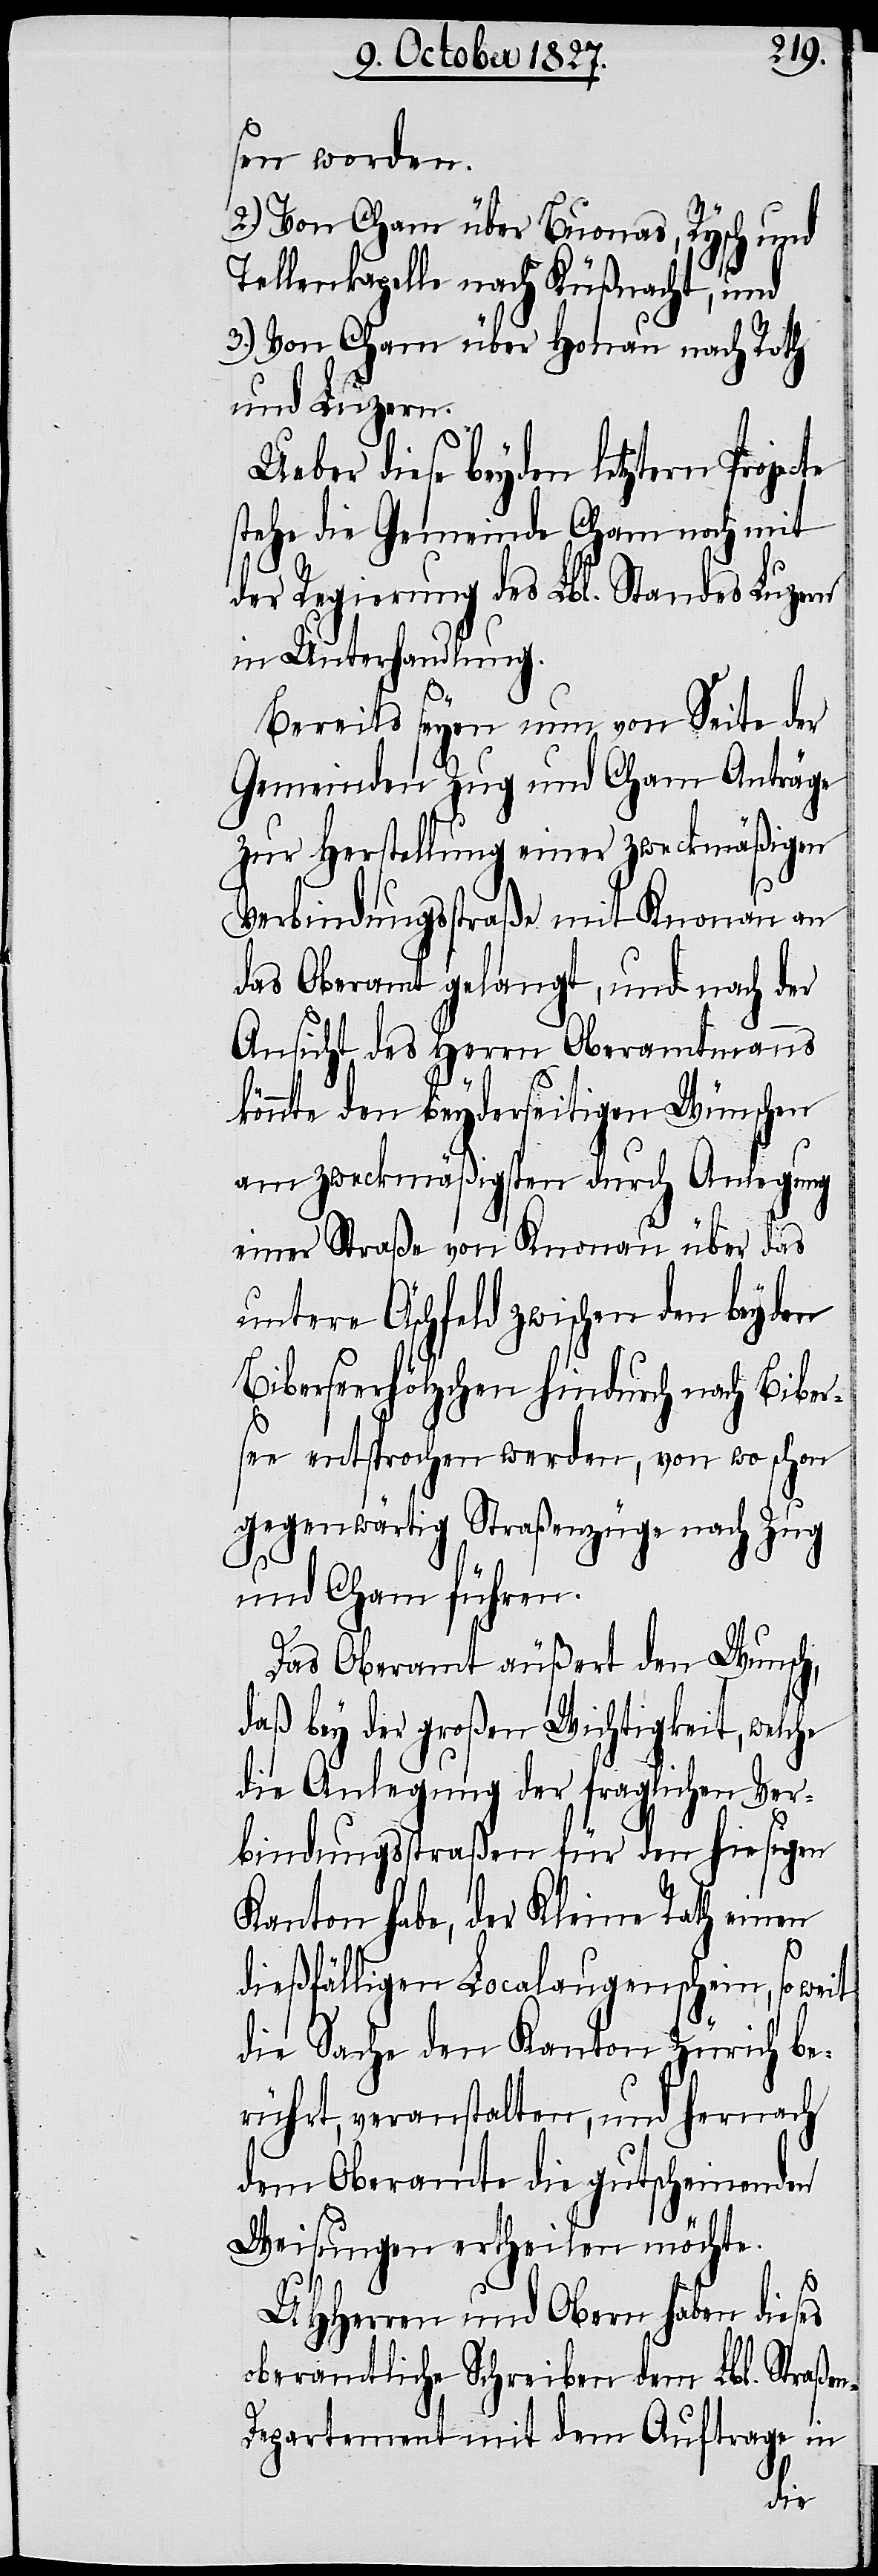
sen worden.
2.) Von Cham über Buonas, Rysch und
Tellenkapelle nach Küßnacht, und
3.) Von Cham über Honau nach Roth
und Luzern.
Ueber diese beyden letztern Projecte
stehe die Gemeinde Cham noch mit
der Regierung des Lbl. Standes Luzern
in Unterhandlung.
Bereits seyen nun von Seite der
Gemeinden Zug und Cham Anträge
zur Herstellung einer zweckmäßigen
Verbindungsstraße mit Knonau an
das Oberamt gelangt, und nach der
Ansicht des Herrn Oberamtmanns
könnte den beyderseitigen Wünschen
am zweckmäßigsten durch Anlegung
einer Straße von Knonau über das
untere Äschfeld zwischen den beyden
Biberseenhölzchen hindurch nach Biber¬
see entsprochen werden, von wo schon
gegenwärtig Straßenzüge nach Zug
und Cham führen.
Das Oberamt äußert den Wunsch,
daß bey der großen Wichtigkeit, welche
die Anlegung der fraglichen Ver¬
bindungsstraßen für den hiesigen
Kanton habe, der Kleine Rath einen
dießfälligen Localaugenschein, so weit
die Sache den Kanton Zürich be¬
rührt, veranstalten, und hernach
dem Oberamt die gutscheinenden
Weisungen ertheilen möchte.
UHHerren und Obern haben dieses
oberamtliche Schreiben dem Lbl. Straße¬
n-Departement mit dem Auftrage in